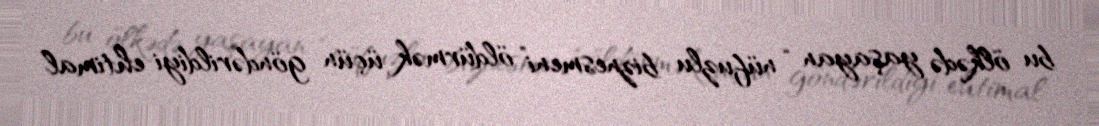
bu ölkədə yaşayan “nüfuzlu biznesmeni” öldürmək üçün göndərildiyi ehtimal